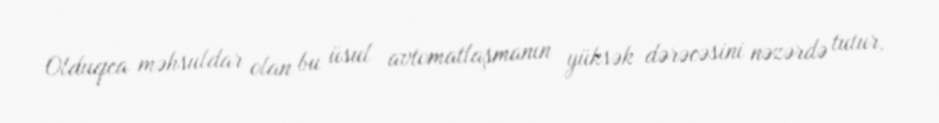
Olduqca məhsuldar olan bu üsul avtomatlaşmanın yüksək dərəcəsini nəzərdə tutur,